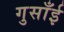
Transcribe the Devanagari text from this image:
गुसाँई